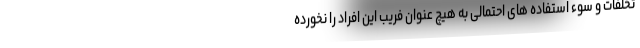
تخلفات و سوء استفاده های احتمالی به هیچ عنوان فریب این افراد را نخورده